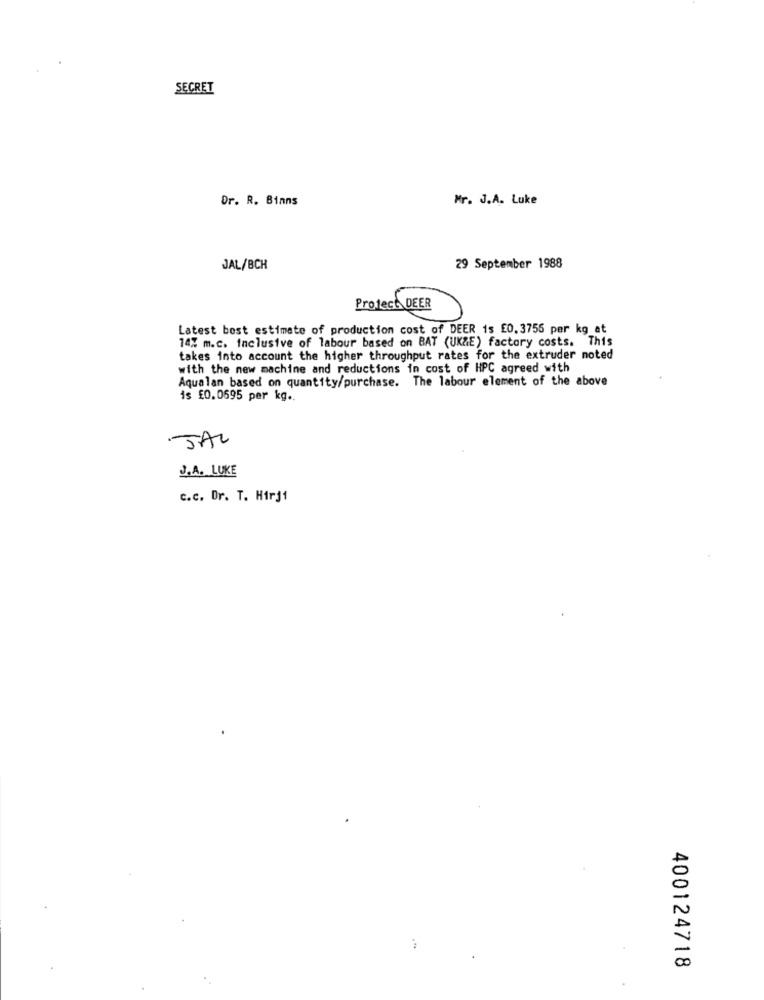
SECRET
Dr. R. Binns
Mr. J.A. Luke
JAL/BCH
29 September 1988
Protect DEER
Latest bost estimate of production cost of DEER is £0.3755 per kg_at
14% m.c. inclusive of labour based on BAT (UK&E) factory costs. This
takes into account the higher throughput rates for the extruder noted
with the new machine and reductions in cost of HPC agreed with
Aqualan based on quantity/purchase. The labour element of the above
is £0.0595 per kg ..
JAL
J.A. LUKE
c.c. Dr. T. Hirji
400124718